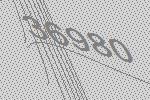
36980